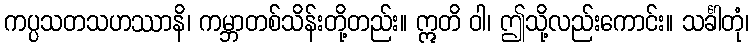
ကပ္ပသတသဟဿာနိ၊ ကမ္ဘာတစ်သိန်းတို့တည်း။ ဣတိ ဝါ၊ ဤသို့လည်းကောင်း။ သင်္ခါတုံ၊